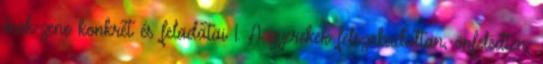
ének-zene konkrét és feladatai 1. A gyerekek felszabadultan, önfeledten,